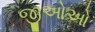
જીઓઓ